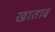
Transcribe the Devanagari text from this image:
खाताब